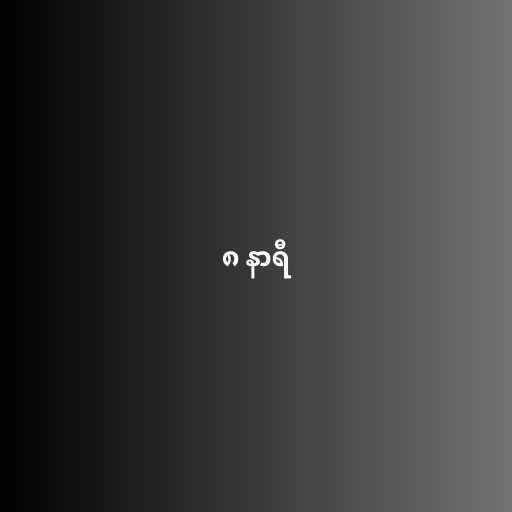
၈ နာရီ